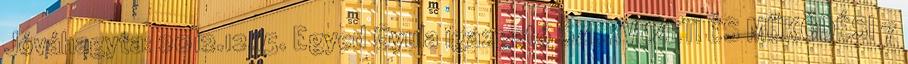
Jóváhagyta: 2012.12.15. Egyed Gyula igazgató SZERVEZETI ÉS MŰKÖDÉSI 7